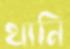
থানি